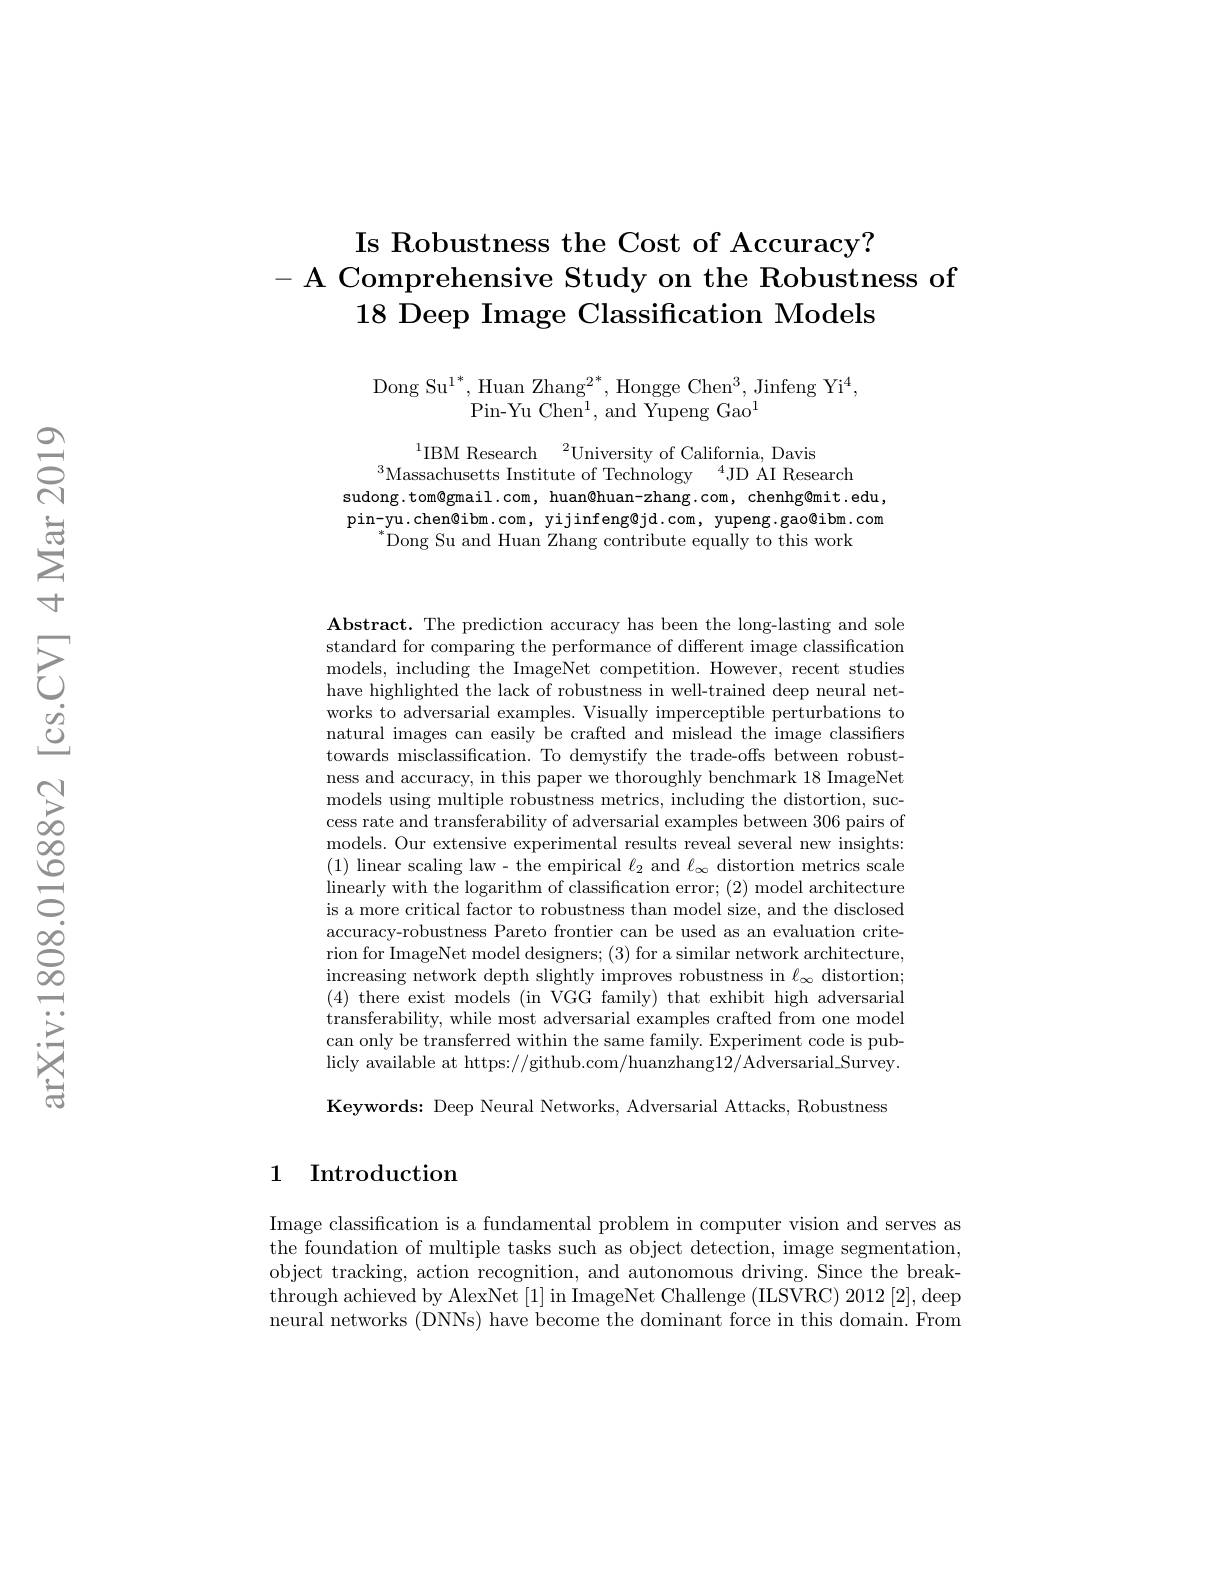
Is Robustness the Cost of Accuracy?
- A Comprehensive Study on the Robustness of
18 Deep Image Classification Models

$\operatorname{Dong}\operatorname{Su}^{1^{*},}\operatorname{Huan}\operatorname{Zhang}^{2^{*},}\operatorname{Hongge}\operatorname{Chen}^{3},\operatorname{Jinfeng}\operatorname{Yi}^{4}$,
Pin-Yu Chen$^1$,and Yupeng Gao$^1$

$^{1}$IBM Research$\:^2$University of California, Davis
$^3$Massachusetts Institute of Technology$\:^4$JD AI Research
sudong.tom@gmail.com, huan@huan-zhang.com, chenhg@mit.edu, pin-yu.chen@ibm.com, yijinfeng@jd.com, yupeng.gao@ibm.com
 Dong Su and Huan Zhang contribute equally to this work

$\mathbf{Abstract.~The~prediction~accuracy~has~been~the~long-lasting~and~sole}$ standard for comparing the performance of different image classification models, including the ImageNet competition. However, recent studies have highlighted the lack of robustness in well-trained deep neural networks to adversarial examples. Visually imperceptible perturbations to natural images can easily be crafted and mislead the image classifiers towards misclassification. To demystify the trade-offs between robustness and accuracy, in this paper we thoroughly benchmark 18 ImageNet models using multiple robustness metrics, including the distortion, success rate and transferability of adversarial examples between 306 pairs of models. Our extensive experimental results reveal several new insights: (1) linear scaling law- the empirical $\ell_2$ and $\ell_\infty$ distortion metrics scale linearly with the logarithm of classification error; (2) model architecture is a more critical factor to robustness than model size, and the disclosed accuracy-robustness Pareto frontier can be used as an evaluation criterion for ImageNet model designers; (3) for a similar network architecture, increasing network depth slightly improves robustness in $\ell_\infty$ distortion; (4) there exist models (in VGG family) that exhibit high adversarial transferability, while most adversarial examples crafted from one model can only be transferred within the same family. Experiment code is publicly available at https://github.com/huanzhang12/Adversarial.Survey. Keywords: Deep Neural Networks, Adversarial Attacks, Robustness

## 1 Introduction

Image classification is a fundamental problem in computer vision and serves as the foundation of multiple tasks such as object detection, image segmentation, object tracking, action recognition, and autonomous driving. Since the breakthrough achieved by AlexNet [1] in ImageNet Challenge (ILSVRC) 2012 [2], deep neural networks (DNNs) have become the dominant force in this domain. From